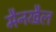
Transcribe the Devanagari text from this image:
मैनखैल